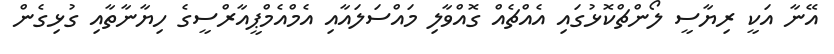
އޭނާ އަކީ ރިޔާސީ ލޯންޗްކޮޅުގައި އެއްޗެއް ގޮއްވާލި މައްސަލައާއި އެމްއެމްޕީއާރްސީގެ ހިޔާނާތާއި ގުޅިގެން